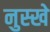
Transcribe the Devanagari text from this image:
नुस्‍खे